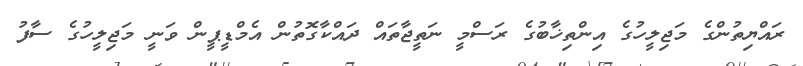
ރައްޔިތުންގެ މަޖިލީހުގެ އިންތިޚާބުގެ ރަސްމީ ނަތީޖާތައް ދައްކާގޮތުން އެމްޑީޕީން ވަނީ މަޖިލީހުގެ ސާފު